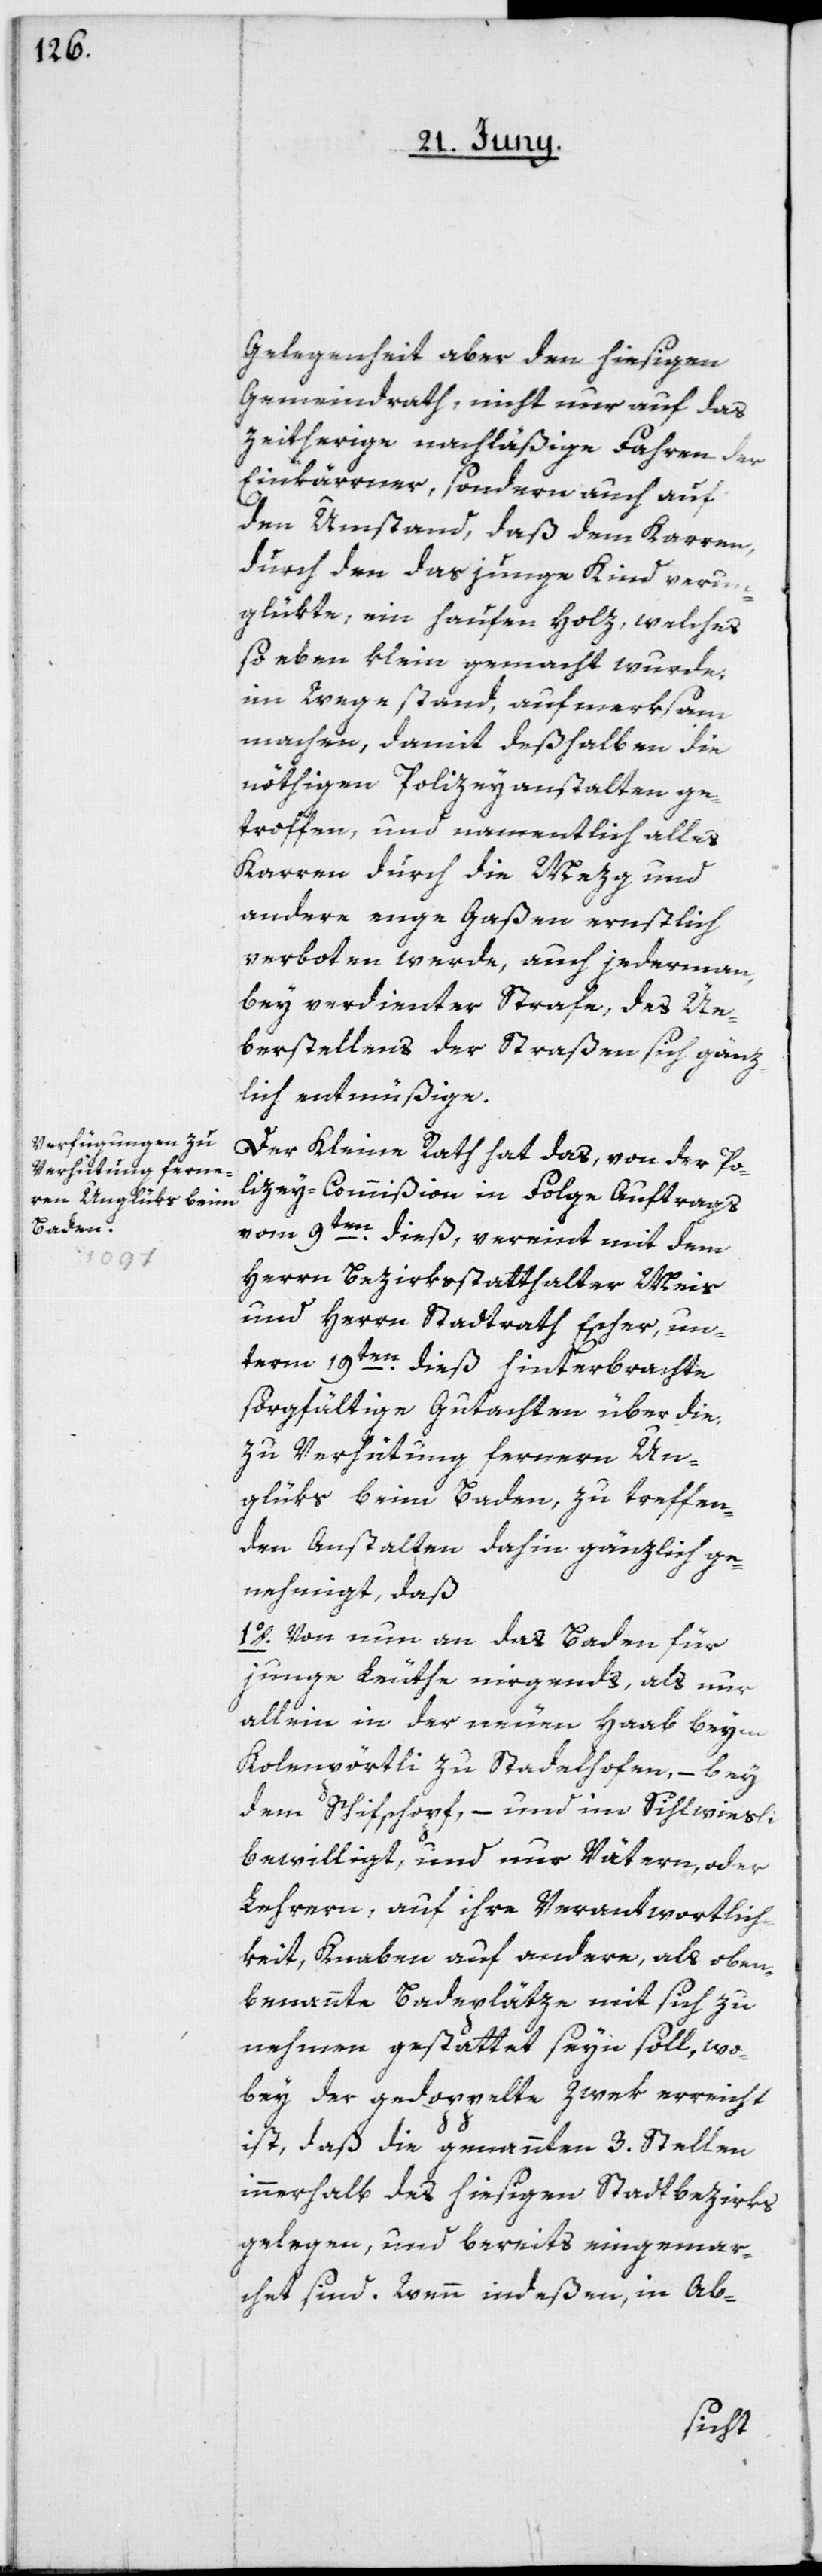
Gelegenheit aber den hiesigen
Gemeindrath, nicht nur auf das
zeitherige nachläßige Fahren der
Einkärrner, sondern auch auf
den Umstand, daß dem Karren,
durch den das junge Kind verun¬
glükte, ein Haufen Holz, welches
so eben klein gemacht wurde,
im Wege stand, aufmerksam
machen, damit deßhalben die
nöthigen Polizeyanstalten ge¬
troffen, und namentlich alles
Karren durch die Metzg und
andere enge Gaßen ernstlich
verboten werde, auch jedermann
bey verdienter Strafe, des Üe¬
berstellens der Straßen sich gänz¬
lich entmüßige.
Der Kleine Rath hat das, von der Po¬
lizey-Commißion in Folge Auftrags
vom 9ten dieß, vereint mit dem
Herrn Bezirksstatthalter Meis
und Herrn Stadtrat Escher, un¬
term 19ten dieß hinterbrachte
sorgfältige Gutachten über die,
zu Verhütung fernern Un¬
glüks beim Baden, zu treffen¬
den Anstalten dahin gänzlich ge¬
nehmigt, daß
1o. Von nun an das Baden für
junge Leuthe nirgends, als nur
allein in der neuen Haab beym
Kohlenpörtli zu Stadelhofen, – bey
dem Schifschopf, – und im Sihlwiesli
bewilligt, und nur Vätern oder
Lehrern, auf ihre Verantwortlich¬
keit, Knaben auf andere, als oben
benannte Badeplätze mit sich zu
nehmen gestattet seyn soll, wo¬
bey der gedoppelte Zwek erreicht
ist, daß die genannten 3. Stellen
innerhalb des hiesigen Stadtbezirks
gelegen, und bereits eingemar¬
chet sind. Wenn indeßen, in Ab-